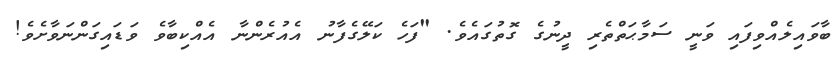
ބާވައިލެއްވިފައި ވަނީ ސަމާޙަތްތެރި ދީނުގެ ގޮތުގައެވެ. "ފަހެ ކަލޭގެފާނު އެއުރެންނާ އެއްކިބާވެ ވަޑައިގަންނަވާށެވެ!